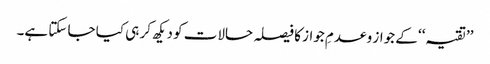
’’تقیہ‘‘ کے جواز و عدمِ جواز کا فیصلہ حالات کو دیکھ کر ہی کیا جا سکتا ہے۔